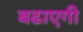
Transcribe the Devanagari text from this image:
बढाएगी